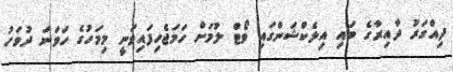
ދިއްގަރު ދާއިރާގެ ބައި އިލެކްޝަންގައި ވޯޓް ލުމަށް ހަމަޖެހިފައިވަނީ މިމަހުގެ ހަވަނަ ދުވަހު